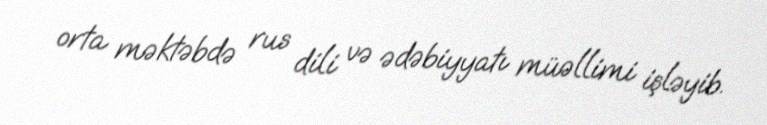
orta məktəbdə rus dili və ədəbiyyatı müəllimi işləyib.